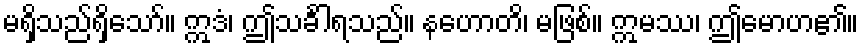
မရှိသည်ရှိသော်။ ဣဒံ၊ ဤသင်္ခါရသည်။ နဟောတိ၊ မဖြစ်။ ဣမဿ၊ ဤမောဟ၏။